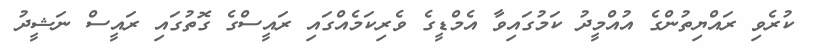
ކުރެވި ރައްޔިތުންގެ އުއްމީދު ކަމުގައިވާ އެމްޑީގެ ވެރިކަމެއްގައި ރައީސްގެ ގޮތުގައި ރައީސް ނަޝީދު